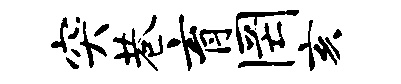
突巷育罔亥